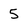
Character: 5